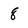
Character: 8